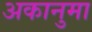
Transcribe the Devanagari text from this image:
अकानुमा